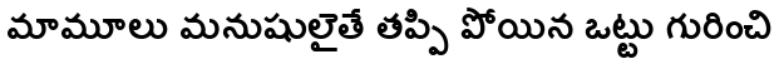
మామూలు మనుషులైతే తప్పి పోయిన ఒట్టు గురించి